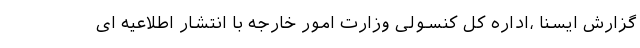
گزارش ایسنا ،اداره کل کنسولی وزارت امور خارجه با انتشار اطلاعیه ای